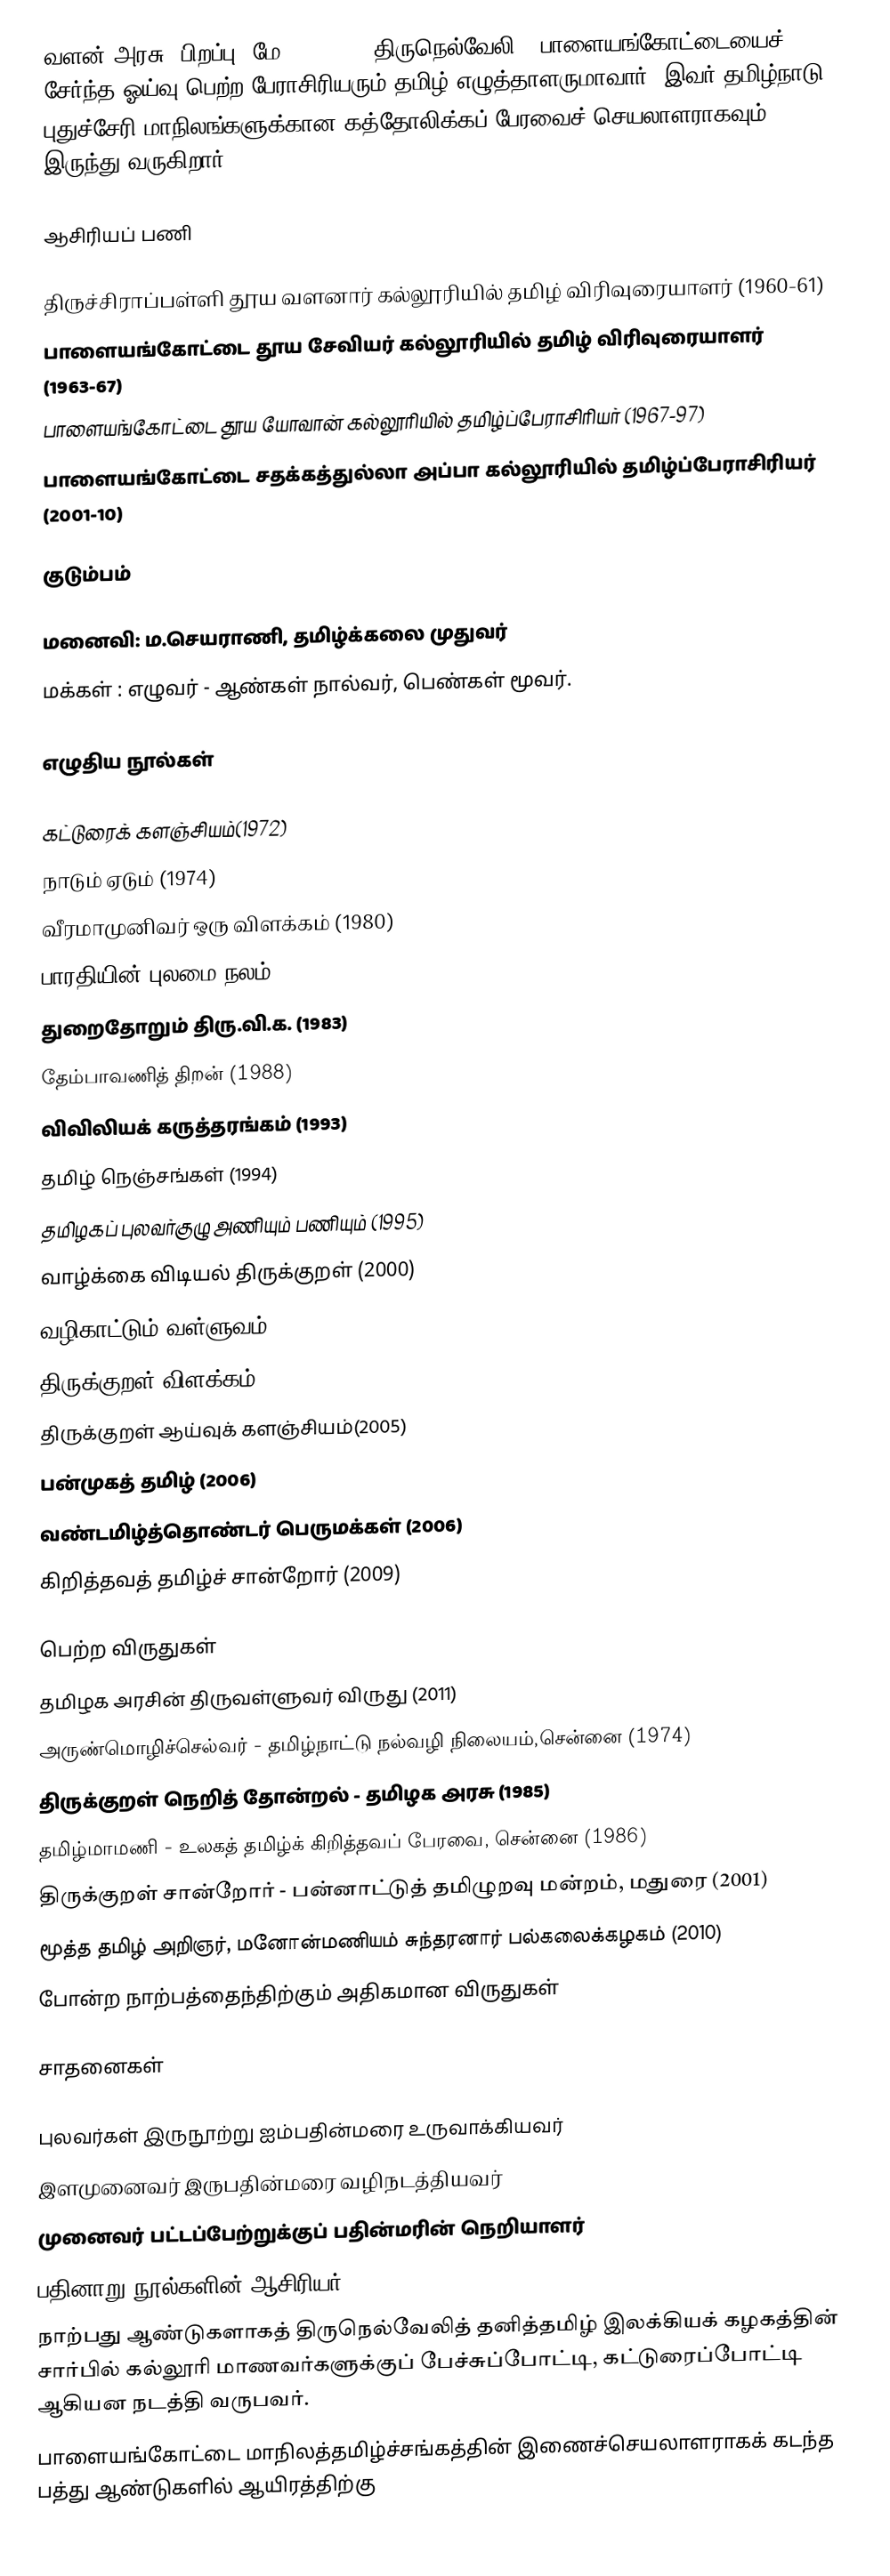
வளன் அரசு (பிறப்பு: மே 15, 1940) திருநெல்வேலி - பாளையங்கோட்டையைச் சேர்ந்த ஓய்வு பெற்ற பேராசிரியரும் தமிழ் எழுத்தாளருமாவார். இவர் தமிழ்நாடு - புதுச்சேரி மாநிலங்களுக்கான கத்தோலிக்கப் பேரவைச் செயலாளராகவும் இருந்து வருகிறார்.

ஆசிரியப் பணி

 திருச்சிராப்பள்ளி தூய வளனார் கல்லூரியில் தமிழ் விரிவுரையாளர் (1960-61)
 பாளையங்கோட்டை தூய சேவியர் கல்லூரியில் தமிழ் விரிவுரையாளர் (1963-67)
 பாளையங்கோட்டை தூய யோவான் கல்லூரியில் தமிழ்ப்பேராசிரியர் (1967-97)
 பாளையங்கோட்டை சதக்கத்துல்லா அப்பா கல்லூரியில் தமிழ்ப்பேராசிரியர் (2001-10)

குடும்பம்

 மனைவி: ம.செயராணி, தமிழ்க்கலை முதுவர்
 மக்கள்  : எழுவர் - ஆண்கள் நால்வர், பெண்கள் மூவர்.

எழுதிய நூல்கள்

 கட்டுரைக் களஞ்சியம்(1972)
 நாடும் ஏடும் (1974)
 வீரமாமுனிவர் ஒரு விளக்கம் (1980)
 பாரதியின் புலமை நலம் (1982)
 துறைதோறும் திரு.வி.க. (1983)
 தேம்பாவணித் திறன் (1988)
 விவிலியக் கருத்தரங்கம் (1993)
 தமிழ் நெஞ்சங்கள் (1994)
 தமிழகப் புலவர்குழு அணியும் பணியும் (1995)
 வாழ்க்கை விடியல் திருக்குறள் (2000)
 வழிகாட்டும் வள்ளுவம் (2003)
 திருக்குறள் விளக்கம் (2005)
 திருக்குறள் ஆய்வுக் களஞ்சியம்(2005)
 பன்முகத் தமிழ் (2006)
 வண்டமிழ்த்தொண்டர் பெருமக்கள் (2006)
 கிறித்தவத் தமிழ்ச் சான்றோர் (2009)

பெற்ற விருதுகள்
 தமிழக அரசின் திருவள்ளுவர் விருது (2011)
 அருண்மொழிச்செல்வர் - தமிழ்நாட்டு நல்வழி நிலையம்,சென்னை (1974)
 திருக்குறள் நெறித் தோன்றல் - தமிழக அரசு (1985)
 தமிழ்மாமணி - உலகத் தமிழ்க் கிறித்தவப் பேரவை, சென்னை (1986)
 திருக்குறள் சான்றோர் - பன்னாட்டுத் தமிழுறவு மன்றம், மதுரை (2001)
 மூத்த தமிழ் அறிஞர், மனோன்மணியம் சுந்தரனார் பல்கலைக்கழகம் (2010)
போன்ற நாற்பத்தைந்திற்கும் அதிகமான விருதுகள்

சாதனைகள்

 புலவர்கள் இருநூற்று ஐம்பதின்மரை உருவாக்கியவர்
 இளமுனைவர் இருபதின்மரை வழிநடத்தியவர்
 முனைவர் பட்டப்பேற்றுக்குப் பதின்மரின் நெறியாளர்
 பதினாறு நூல்களின் ஆசிரியர்
 நாற்பது ஆண்டுகளாகத் திருநெல்வேலித் தனித்தமிழ் இலக்கியக் கழகத்தின் சார்பில் கல்லூரி மாணவர்களுக்குப் பேச்சுப்போட்டி, கட்டுரைப்போட்டி ஆகியன நடத்தி வருபவர்.
 பாளையங்கோட்டை மாநிலத்தமிழ்ச்சங்கத்தின் இணைச்செயலாளராகக் கடந்த பத்து ஆண்டுகளில் ஆயிரத்திற்கு